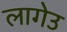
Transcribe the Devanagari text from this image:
लागेउ